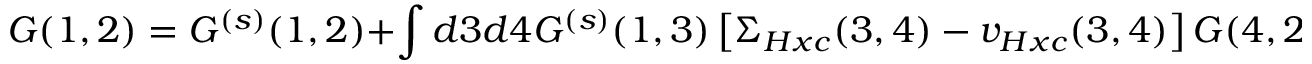
G ( 1 , 2 ) = G ^ { ( s ) } ( 1 , 2 ) + \int d 3 d 4 G ^ { ( s ) } ( 1 , 3 ) \left[ \Sigma _ { H x c } ( 3 , 4 ) - v _ { H x c } ( 3 , 4 ) \right] G ( 4 , 2 ) \; .